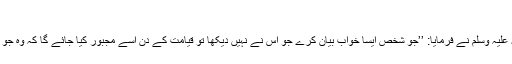
(بخاری 3509)
عبد اللہ بن عباس رضی اللہ عنہما روایت کرتے ہیں رسول اللہ صلی اللہ علیہ وسلم نے فرمایا: ’’جو شخص ایسا خواب بیان کرے جو اس نے نہیں دیکھا تو قیامت کے دن اسے مجبور کیا جائے گا کہ وہ جو کے دو دانوں کے درمیان گرہ لگائے اور یہ ہر گز نہیں کر سکے گا‘‘۔